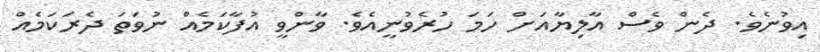
އިވުނެވެ. ދެން ވެސް އާލިޔާއަށް ހަމަ ހުރެވުނީއެވެ. ވާންވީ އުފާކަމެއް ނުވަތަ ދެރަކަމެއް